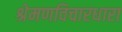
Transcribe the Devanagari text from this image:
श्रेमणविचारधारा